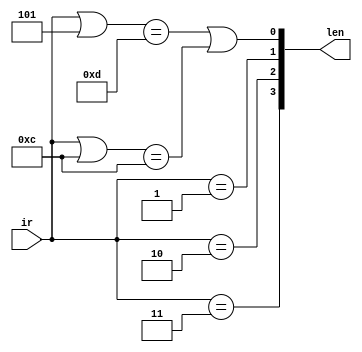
module tail_length (ir, len);
input [3:0] ir;
output [3:0] len;
reg [3:0] len;
reg ir32;
always @ (ir)
begin
    len = {
        (ir == 4'b0011),
        (ir == 4'b0010),
        (ir == 4'b0001),
        ((ir | 4'b0101) == 4'b1101) | ((ir | 4'b1100) == 4'b1100)
    };
end
endmodule